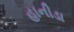
હાનીડા